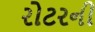
રોટરની